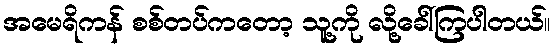
အမေရိကန် စစ်တပ်ကတော့ သူ့ကို လို့ခေါ်ကြပါတယ်။